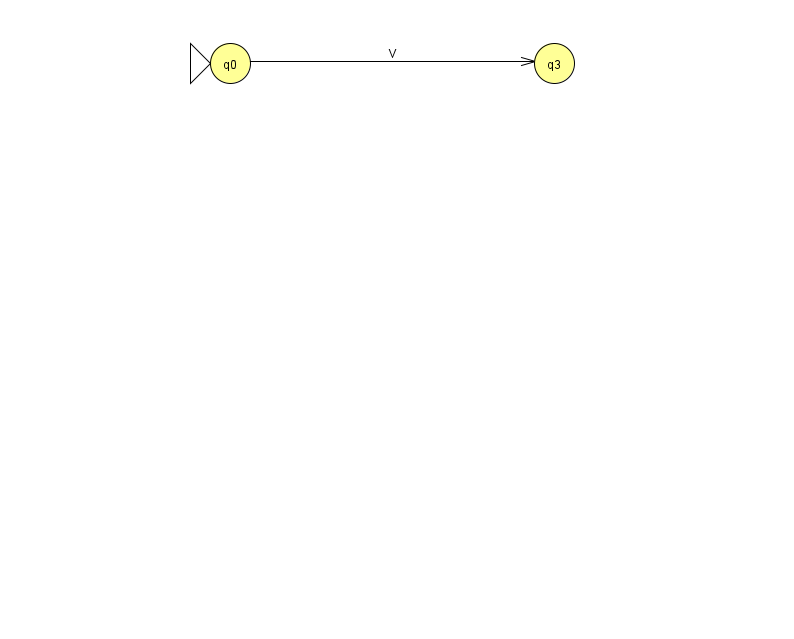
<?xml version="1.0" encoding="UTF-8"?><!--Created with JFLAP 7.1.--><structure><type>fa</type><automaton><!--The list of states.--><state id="0" name="q0"><x>230.0</x><y>50.0</y><initial/></state><state id="3" name="q3"><x>554.0</x><y>50.0</y></state><!--The list of transitions.--><transition><from>0</from><to>3</to><read>V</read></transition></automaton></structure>